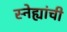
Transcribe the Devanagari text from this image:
स्नेह्यांची